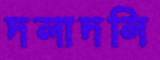
দলাদলি